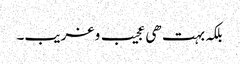
بلکہ بہت ھی عجیب و غریب۔